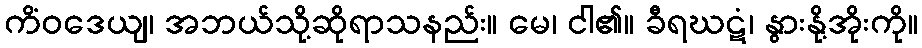
ကိံဝဒေယျ၊ အဘယ်သို့ဆိုရာသနည်း။ မေ၊ ငါ၏။ ခီရဃဋံ၊ နွားနို့အိုးကို။